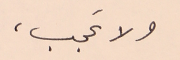
ولا عَجب،